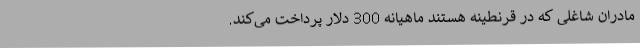
مادران شاغلی که در قرنطینه هستند ماهیانه 300 دلار پرداخت می‌کند.